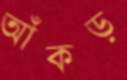
আঁকড়